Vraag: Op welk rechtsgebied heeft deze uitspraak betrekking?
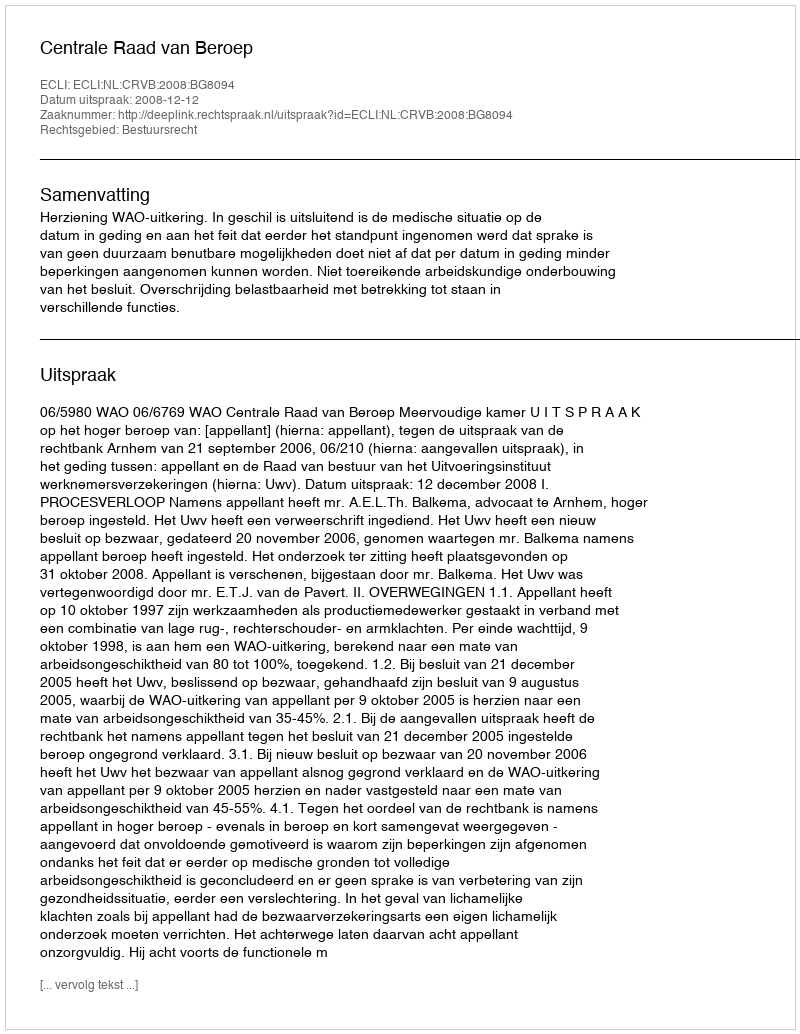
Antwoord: Bestuursrecht